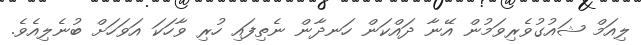
ލިއަމް ޝައުގުވެރިވަމުން އޭނާ ދައްކަން ހަނދާން ނެތިފައި ހުރި ވާހަކަ އަވަހަށް ބުނެލިއެވެ.